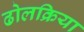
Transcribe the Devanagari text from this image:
ढोलक्रिया